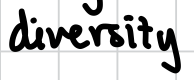
Text: diversity
Cross-out: clean
Writing tool: digital_black